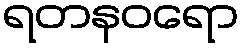
ရတနဝရော